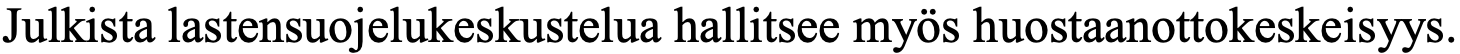
Julkista lastensuojelukeskustelua hallitsee myös huostaanottokeskeisyys.